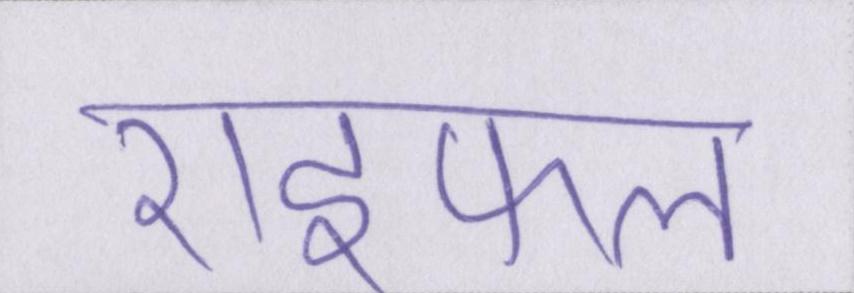
राइफल